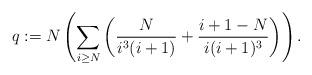
LaTeX: \begin{align*}q:=N \left( \sum_{i \geq N} \left(\frac{N}{i^3(i+1)}+ \frac{i+1-N}{i(i+1)^3}\right) \right). \end{align*}